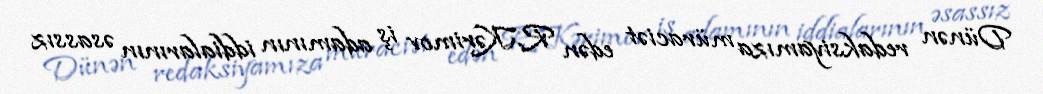
Dünən redaksiyamıza müraciət edən R.Kərimov iş adamının iddialarının əsassız